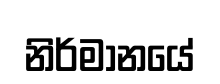
නිර්මානයේ